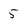
Character: 5